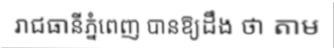
រាជធានីភ្នំពេញ បានឱ្យដឹង ថា តាម